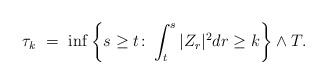
\begin{align*}\tau_k \ = \ \inf\bigg\{s\geq t\colon \int_t^s |Z_r|^2 dr \geq k \bigg\} \wedge T.\end{align*}